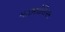
માઉસોલિયમ